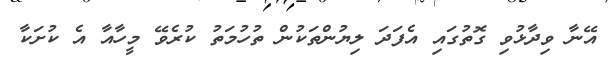
އޭނާ ވިދާޅުވި ގޮތުގައި އެފަދަ ލިޔުންތަކުން ތުހުމަތު ކުރެވޭ މީހާއާ އެ ކުށަކާ